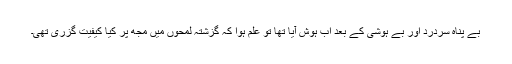
بے پناہ سردرد اور بے ہوشی کے بعد اب ہوش آیا تھا تو علم ہوا کہ گزشتہ لمحوں میں مجھ پر کیا کیفیت گزری تھی۔